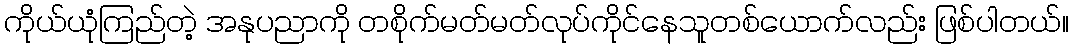
ကိုယ်ယုံကြည်တဲ့ အနုပညာကို တစိုက်မတ်မတ်လုပ်ကိုင်နေသူတစ်ယောက်လည်း ဖြစ်ပါတယ်။